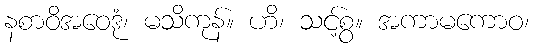
နစာဝိအဝေဒုံ၊ မသိကုန်။ ဟိ၊ သင့်စွ။ အကာမကောဝ၊